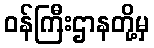
ဝန်ကြီးဌာနတို့မှ